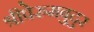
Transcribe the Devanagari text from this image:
श्रीपेरुमबुदुर